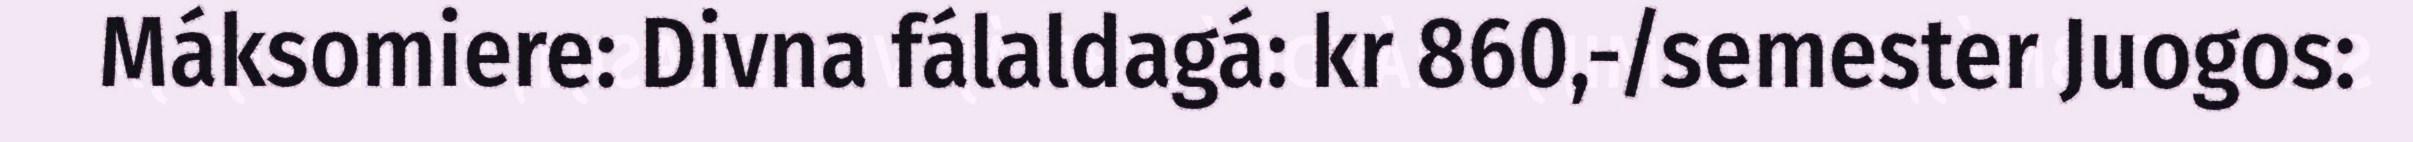
Máksomiere: Divna fálaldagá: kr 860,-/semester Juogos: